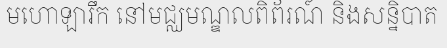
មហោឡារឹក នៅមជ្ឈមណ្ឌលពិព័រណ៍ និងសន្និបាត